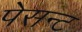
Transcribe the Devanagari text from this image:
पेसन्ट